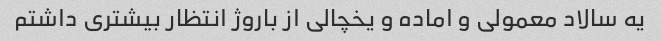
یه سالاد معمولی و اماده و یخچالی از باروژ انتظار بیشتری داشتم